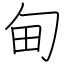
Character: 甸